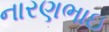
નારણભાઇ